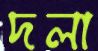
দলা